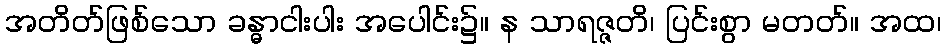
အတိတ်ဖြစ်သော ခန္ဓာငါးပါး အပေါင်း၌။ န သာရဇ္ဇတိ၊ ပြင်းစွာ မတတ်။ အထ၊